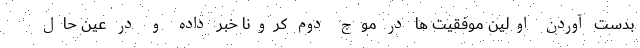
بدست آوردن اولین موفقیت ها در موج دوم کرونا خبر داده و در عین حال